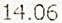
14.06